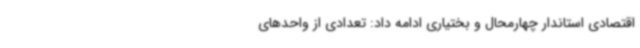
اقتصادی استاندار چهارمحال و بختیاری ادامه داد: تعدادی از واحدهای